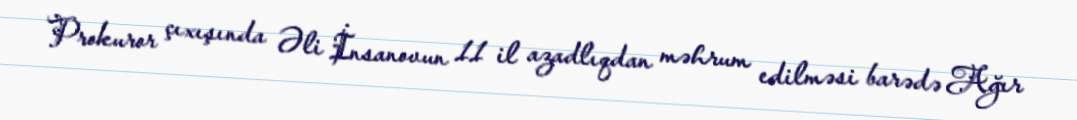
Prokuror çıxışında Əli İnsanovun 11 il azadlıqdan məhrum edilməsi barədə Ağır